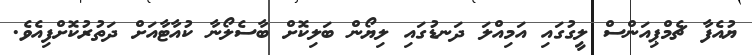
ޔުއެފާ ޗެމްޕިއަންސް ލީގުގައި އަމިއްލަ ދަނޑުގައި ލިޔޯން ބަލިކޮށް ބާސެލޯނާ ކުއާޓާއަށް ދަތުރުކޮށްފިއެވެ.